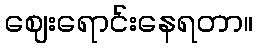
ဈေးရောင်းနေရတာ။